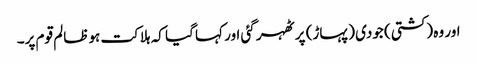
اور وہ (کشتی) جودی (پہاڑ) پر ٹھہر گئی اور کہا گیا کہ ہلاکت ہو ظالم قوم پر۔